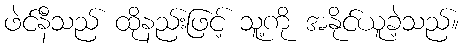
ဖဲင်နီသည် ထိုနည်းဖြင့် သူ့ကို အနိုင်ယူခဲ့သည်။